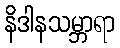
နိဒါနသမ္ဘာရာ